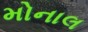
મોનાલ